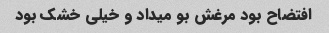
افتضاح بود مرغش بو میداد و خیلی خشک بود